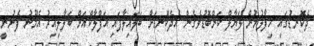
ދެކޮނޑުގައި ހިފާލުމުން ލަޔާލް ކަންބޮޑުވެގެން އެދެކޮނޑަށް ބަލައިލާފައި އަފްލާކްއަށް ބަލާލިއިރު އެމޫނު ފެނުނީ